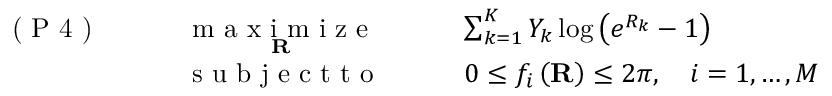
\begin{array} { r l r l r l } & { \textrm { ( P 4 ) } } & { \quad } & { \underset { \mathbf { R } } { \textrm { m a x i m i z e } } \quad } & & { \sum _ { k = 1 } ^ { K } Y _ { k } \log \left( e ^ { R _ { k } } - 1 \right) } \\ & { } & & { \textrm { s u b j e c t t o } \quad } & & { 0 \leq f _ { i } \left( \mathbf { R } \right) \leq 2 \pi , \quad i = 1 , \dots , M } \end{array}